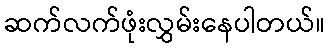
ဆက်လက်ဖုံးလွှမ်းနေပါတယ်။